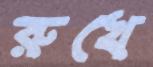
রুখে